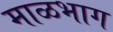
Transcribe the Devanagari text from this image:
माळभाग